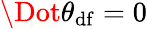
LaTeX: \Dot{\theta}_{\mathrm{df}}=0